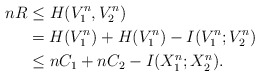
\begin{align*}nR&\leq H(V_1^n,V_2^n)\\&= H(V_1^n)+H(V_1^n)-I(V_1^n;V_2^n)\\&\leq nC_1+nC_2-I(X_1^n;X_2^n).\end{align*}